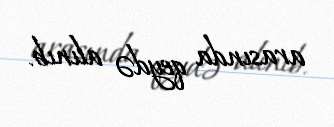
arasında qeydə alınıb.